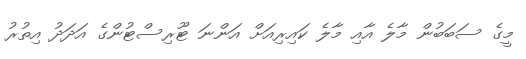
މީގެ ސަބަބުން މާލެ އާއި މާލެ ކައިރިއަށް އަންނަ ޓޫރިސްޓުންގެ އަދަދު އިތުރު